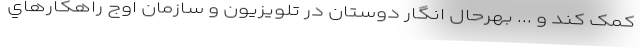
کمک کند و ... بهرحال انگار دوستان در تلويزيون و سازمان اوج راهکارهاي